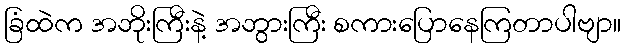
ခြံထဲက အဘိုးကြီးနဲ့ အဘွားကြီး စကားပြောနေကြတာပါဗျာ။